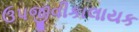
ઉપજીવીકાલાયક